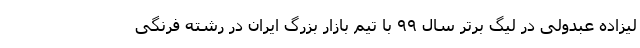
لیزاده عبدولی در لیگ برتر سال ۹۹ با تیم بازار بزرگ ایران در رشته فرنگی